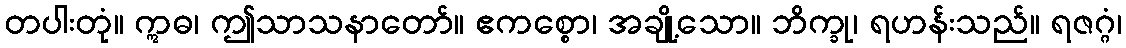
တပါးတုံ။ ဣဓ၊ ဤသာသနာတော်။ ဧကစ္စော၊ အချို့သော။ ဘိက္ခု၊ ရဟန်းသည်။ ရဇဂ္ဂံ၊